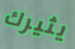
يثيرك